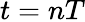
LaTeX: t=nT